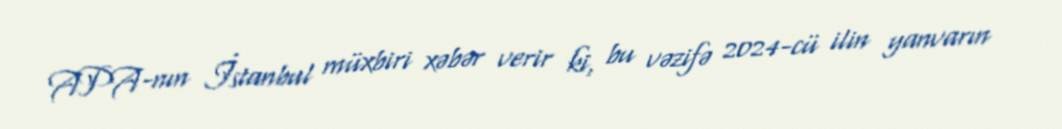
APA-nın İstanbul müxbiri xəbər verir ki, bu vəzifə 2024-cü ilin yanvarın